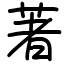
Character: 著